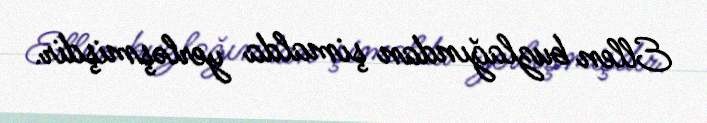
Ellen buzlağından şimalda yerləşmişdir.